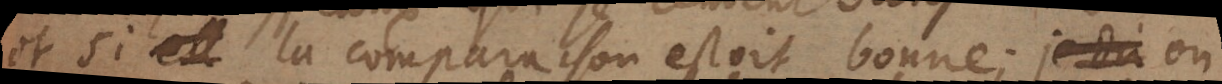
et si la comparaison estoit bonne; je dis on